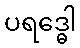
ပရဒ္ဓေါ